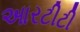
આરટીટી